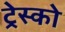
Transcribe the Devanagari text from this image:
ट्रेस्को